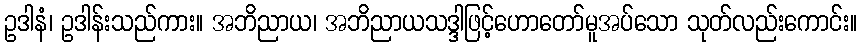
ဥဒါနံ၊ ဥဒါန်းသည်ကား။ အဘိညာယ၊ အဘိညာယသဒ္ဒါဖြင့်ဟောတော်မူအပ်သော သုတ်လည်းကောင်း။